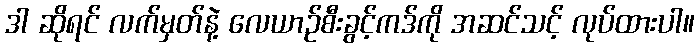
ဒါ ဆိုရင် လက်မှတ်နဲ့ လေယာဉ်စီးခွင့်ကဒ်ကို အဆင်သင့် လုပ်ထားပါ။